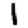
Digit: 1